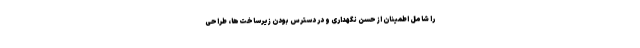
را شامل اطمینان از حُسن نگهداری و در دسترس بودن زیرساخت‌ها، طراحی